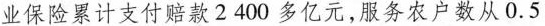
业保险累计支付赔款2400多亿元，服务农户数从0.5